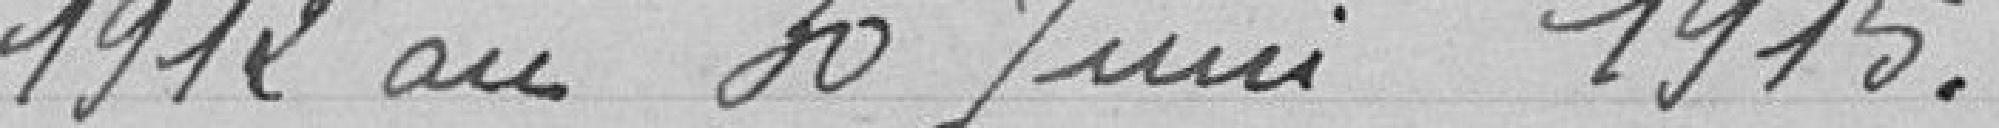
due du territoire de la Ville de Belfort, y compris les routes 19 et